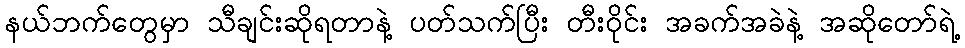
နယ်ဘက်တွေမှာ သီချင်းဆိုရတာနဲ့ ပတ်သက်ပြီး တီးဝိုင်း အခက်အခဲနဲ့ အဆိုတော်ရဲ့